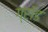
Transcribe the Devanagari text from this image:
ग्रॉड